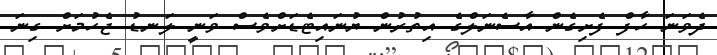
ދެވަނަ ހާފް ފެށިގެން އާސެނަލްގެ އިތުރުން ޔުނައިޓެޑަށްވެސް ވަނީ ލަނޑު ޖެހުމަށް ގިނަ